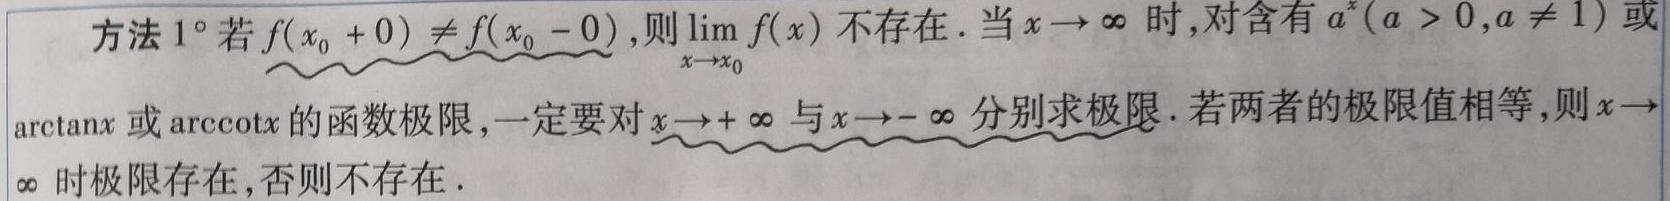
方法 $1^{\circ}$ 若 $f(x_0 + 0) \neq f(x_0 - 0)$，则 $\lim_{x \to x_0} f(x)$ 不存在. 当 $x \to \infty$ 时，对含有 $a^x (a > 0,a \neq 1)$ 或 $\arctan x$ 或 $\text{arccot} x$ 的函数极限，一定要对 $x \to +\infty$ 与 $x \to -\infty$ 分别求极限. 若两者的极限值相等，则 $x \to \infty$ 时极限存在，否则不存在.